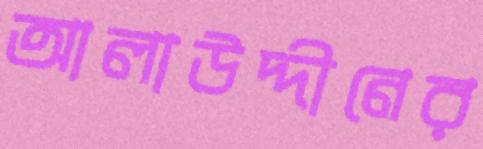
আলাউদ্দীনের